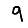
Digit: 9